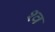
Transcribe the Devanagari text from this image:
श्‍व